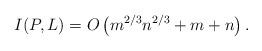
LaTeX: \begin{align*} I(P,L) = O\left(m^{2/3}n^{2/3} + m + n \right) .\end{align*}